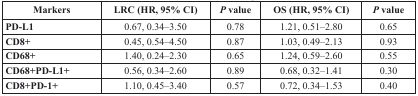
| Markers | LRC (HR, 95% CI) | P value | OS (HR, 95% CI) | P value |
 | --- | --- | --- | --- | --- |
 | PD-L1 | 0.67, 0.34–3.50 | 0.78 | 1.21, 0.51–2.80 | 0.65 |
 | CD8+ | 0.45, 0.54–4.50 | 0.87 | 1.03, 0.49–2.13 | 0.93 |
 | CD68+ | 1.40, 0.24–2.30 | 0.65 | 1.24, 0.59–2.60 | 0.55 |
 | CD68+PD-L1+ | 0.56, 0.34–2.60 | 0.89 | 0.68, 0.32–1.41 | 0.30 |
 | CD8+PD-1+ | 1.10, 0.45–3.40 | 0.57 | 0.72, 0.34–1.53 | 0.40 |